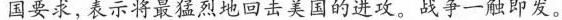
国要求，表示将最猛烈地回击美国的进攻。战争一触即发。